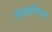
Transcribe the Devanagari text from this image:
लेवाइटिकस